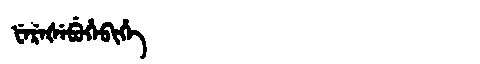
Manchu: ᡶᡝᡵᡝᡧᡝᠪᡠᡥᡝᠪᡳᡥᡝ
Romanization: FEREŠEBUHEBIHE